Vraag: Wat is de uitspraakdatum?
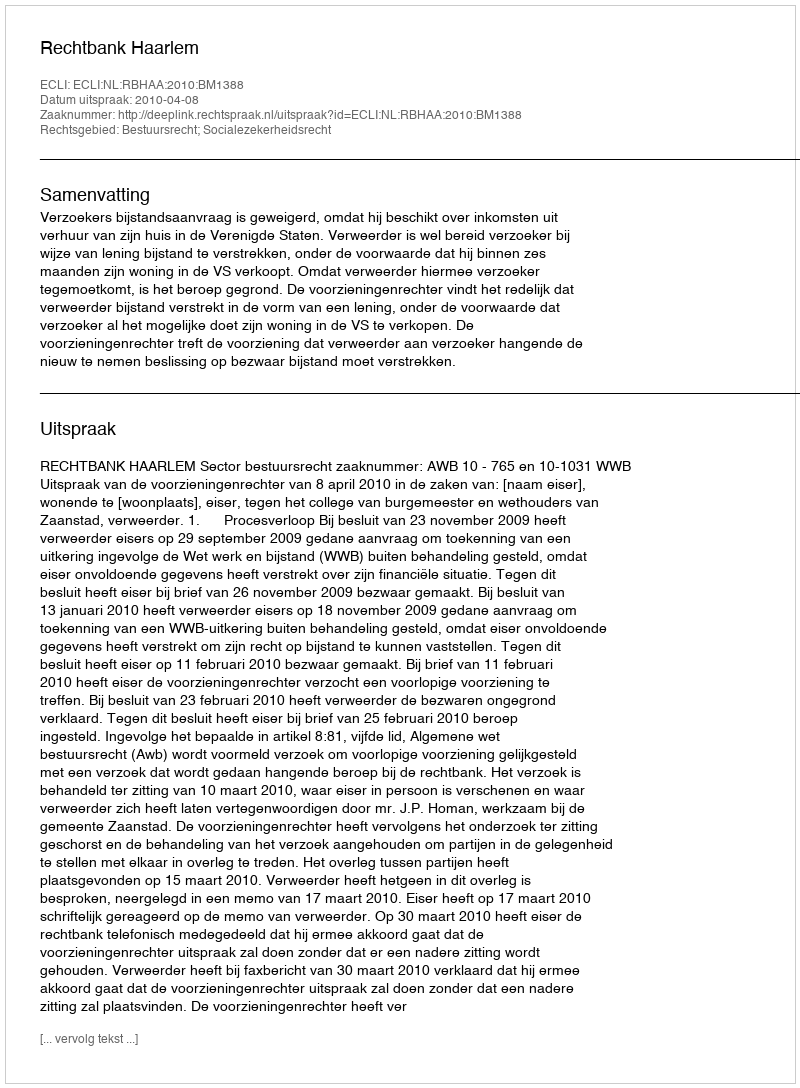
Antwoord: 2010-04-08